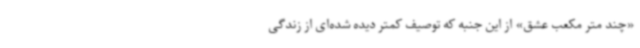
«چند متر مکعب عشق» از این جنبه که توصیف کمتر دیده شده‌ای از زندگی